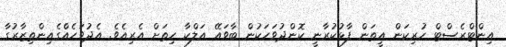
އިންޓްރެސްޓް ހުރިކަން އީތަން ފާޅުކުރާނީ ކޮންދުވަހަކުން ބާވައޭ އަލްކާ ހިތަށް އެރިއެވެ. އެދުވަހެއްެގެއިންތިޒާރުގާ